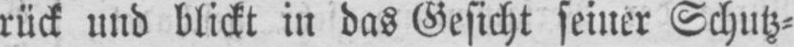
rück und blickt in das Gesicht seiner Schutz⸗